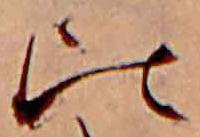
比